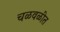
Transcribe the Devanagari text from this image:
चळवळीत